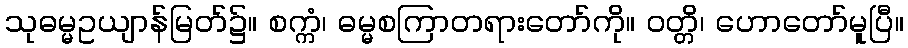
သုဓမ္မဥယျာန်မြတ်၌။ စက္ကံ၊ ဓမ္မစကြာတရားတော်ကို။ ဝတ္တိ၊ ဟောတော်မူပြီ။